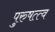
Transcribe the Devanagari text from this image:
पुरुषत्त्व